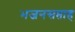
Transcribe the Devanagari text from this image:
भजनसप्ताह